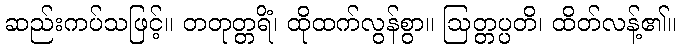
ဆည်းကပ်သဖြင့်။ တတုတ္တရိံ၊ ထိုထက်လွန်စွာ။ ဩတ္တပ္ပတိ၊ ထိတ်လန့်၏။